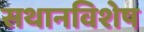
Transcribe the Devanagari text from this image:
सथानविशेष